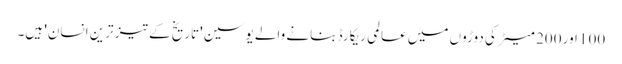
100 اور 200 میٹر کی دوڑوں میں عالمی ریکارڈ بنانے والے یوسین 'تاریخ کے تیز ترین انسان' ہیں۔